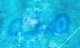
هذه